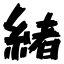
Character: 緒